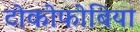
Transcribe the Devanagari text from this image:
टोकोफोबिया